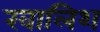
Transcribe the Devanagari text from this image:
खालिश